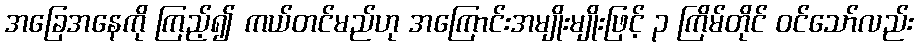
အခြေအနေကို ကြည့်၍ ကယ်တင်မည်ဟု အကြောင်းအမျိုးမျိုးဖြင့် ၃ ကြိမ်တိုင် ဝင်သော်လည်း